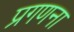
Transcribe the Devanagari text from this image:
प्रगणना